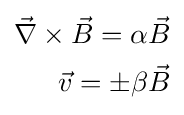
{\begin{aligned}{\vec {\nabla }}\times {\vec {B}}=\alpha {\vec {B}}\\{\vec {v}}=\pm \beta {\vec {B}}\end{aligned}}